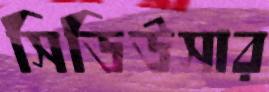
সিডিউসার